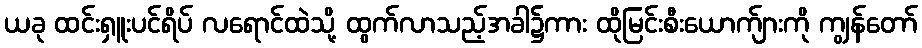
ယခု ထင်းရှူးပင်ရိပ် လရောင်ထဲသို့ ထွက်လာသည့်အခါ၌ကား ထိုမြင်းစီးယောက်ျားကို ကျွန်တော်